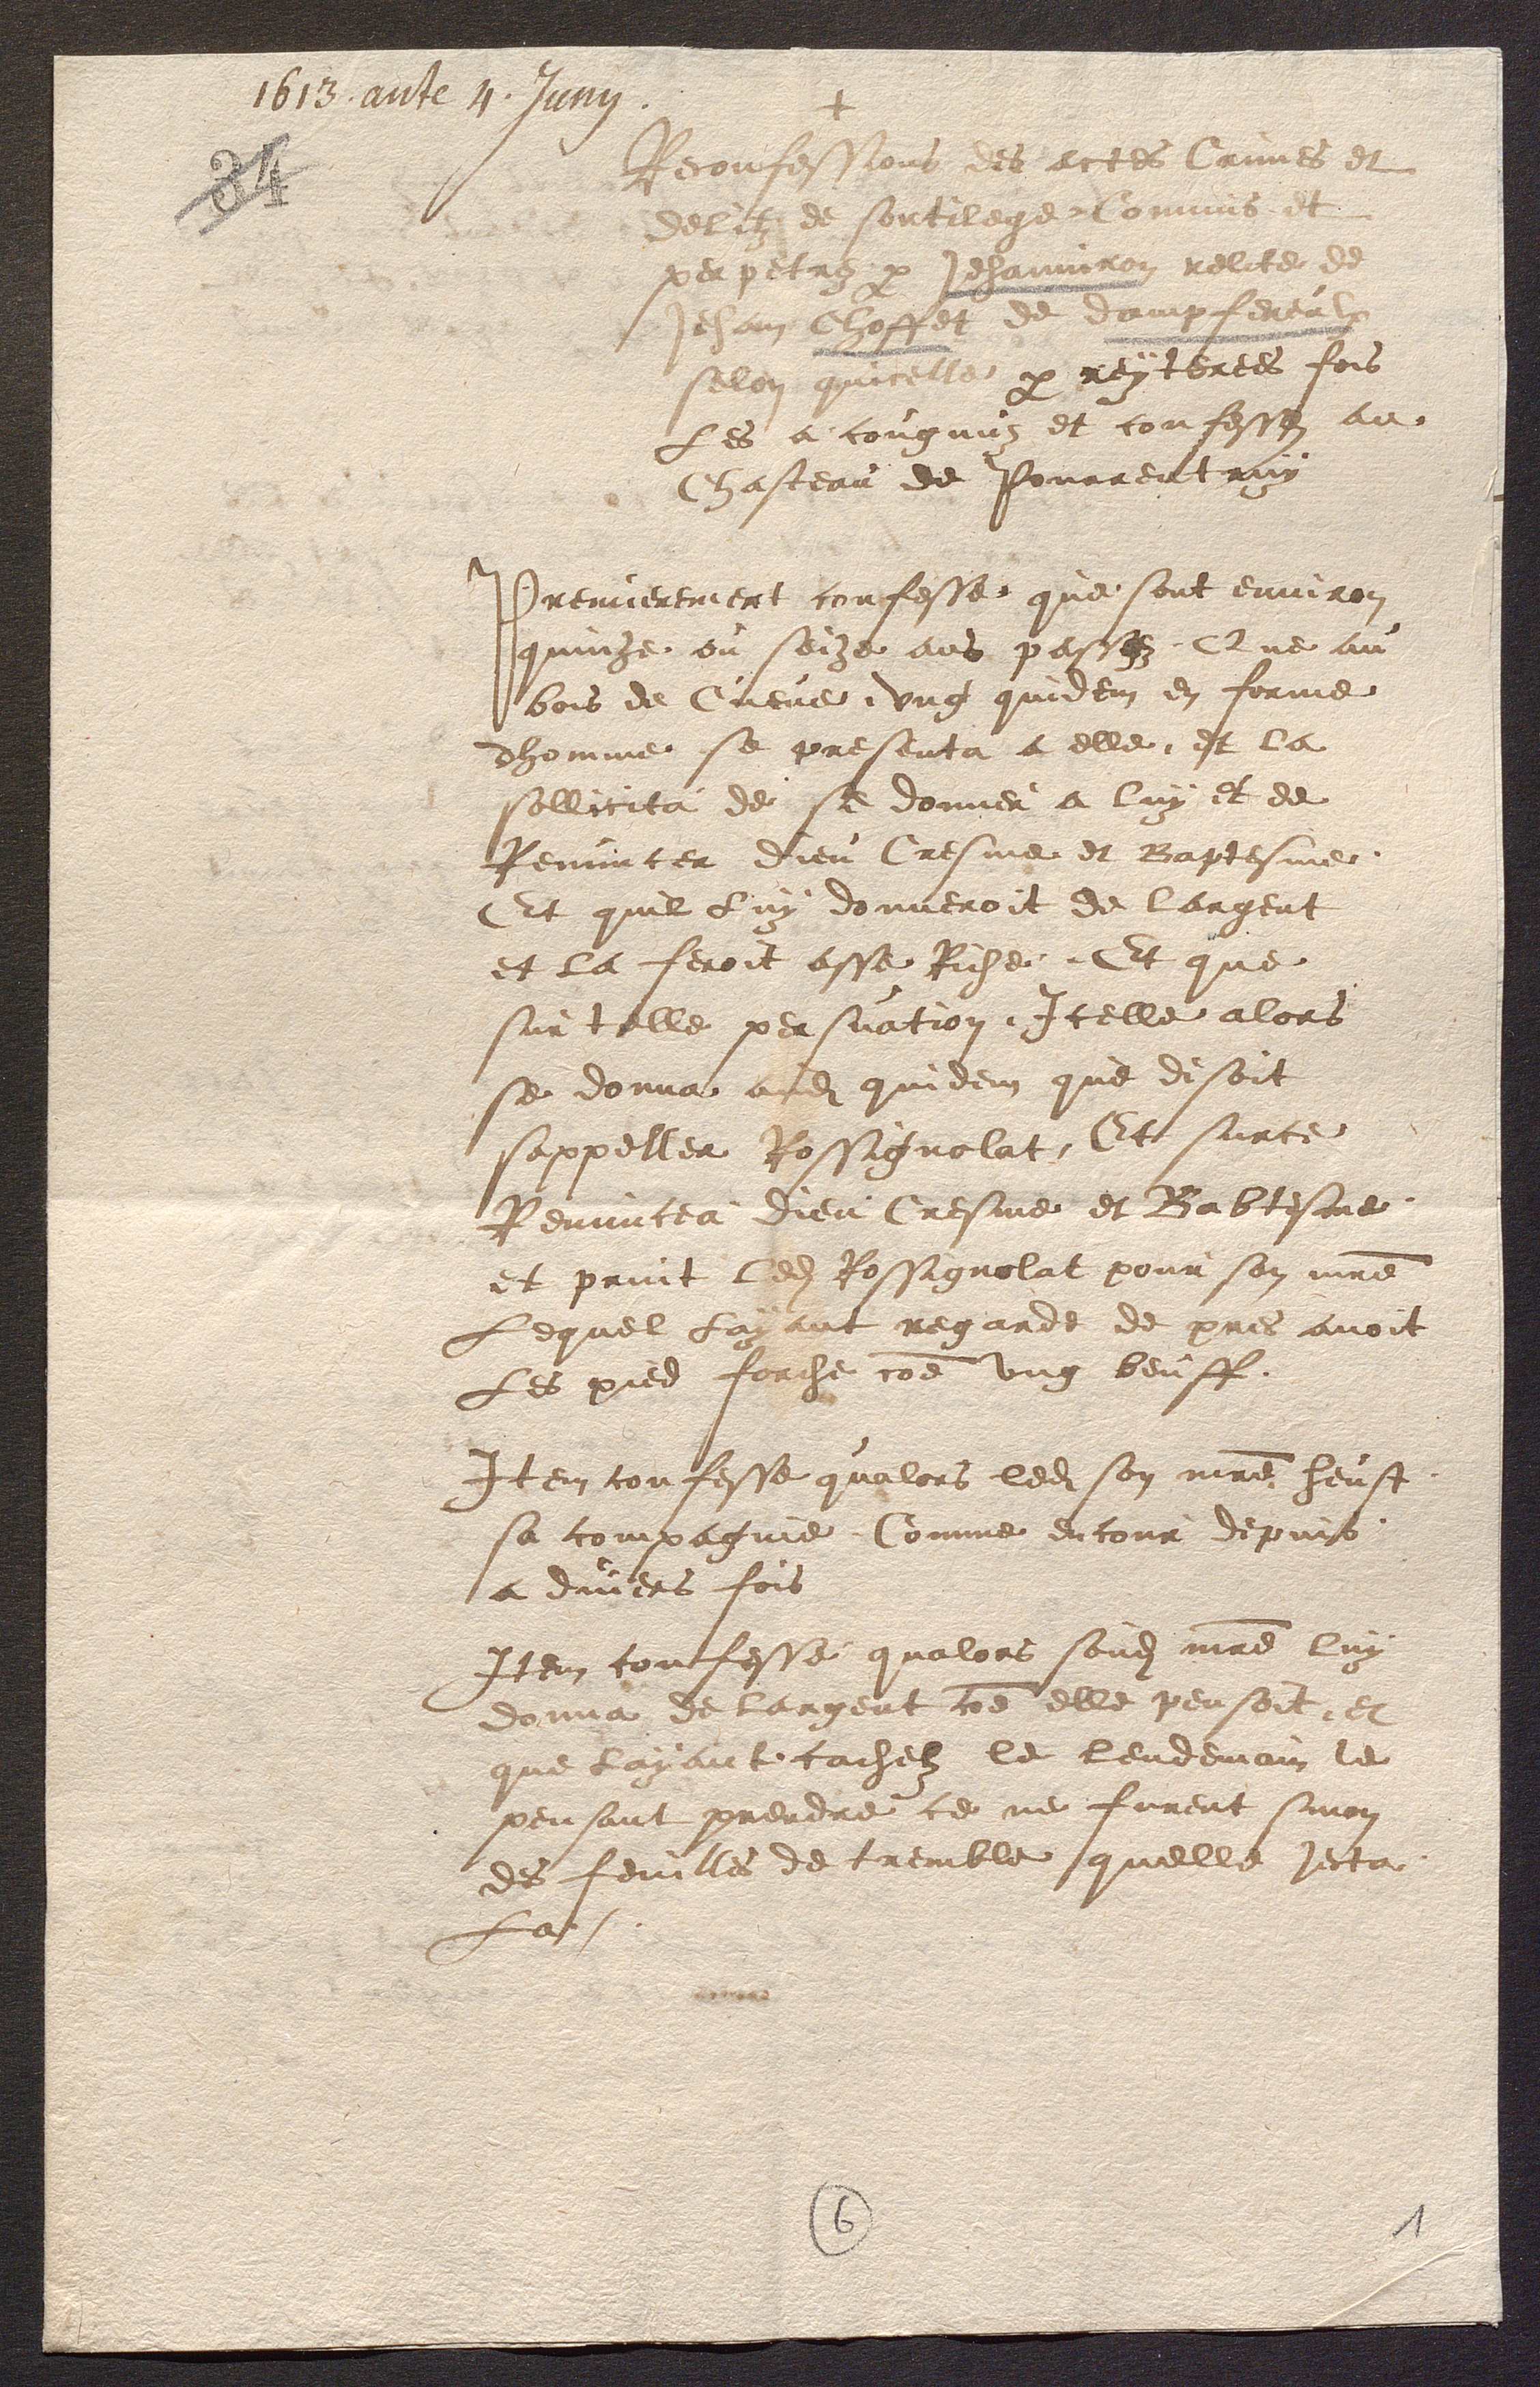
+
Reconfessions les ectes Crimes et
delit de sortil e Commis et
perpetrez par Jehanne reltee
Jehan Choffel de Dompfereul
sellon quicelle par reytertes fois
Les a cougnuz et confesses au
Chasteau de Pourrentruy
Premierement confesse que sont environ
quinze ou soize ans paccez, Que au
bois de Cueve ung quidem en forme
dhomme se presenta a elle et la
sollicita de se donner a luy et de
Renuncer dieu Cresme et Baptesme
Et quil luy donneroit de largent
et la feroit asse Riche Et que
sur telle persuation Icelle alors
se donnai asdit quidem que disoit
sappeller Rossignolat Et surce
Renuncea Dieu Cresme et Babtesme
et print ledit Rossignolat pour son maitre
Lequel Layant regarde de pres avoit
Les pied forche comme ung beuff.
Item confesse qualors ledit son maitre heust
sa compagnie Comme encour depuis
a divers fois
Item confesse qualors sondit maitre luy
donna de largent comme elle pensoit et
que layant cachel le lendemain le
pensant prendre ce ne furent sinon
des feuilles de tremble quelle jecta
la